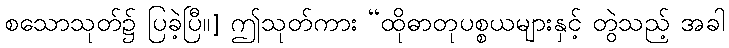
စသောသုတ်၌ ပြခဲ့ပြီ။] ဤသုတ်ကား “ထိုဓာတုပစ္စယများနှင့် တွဲသည့် အခါ